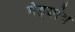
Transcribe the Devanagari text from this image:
मेइयांग